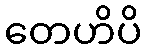
တေဟိပိ